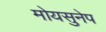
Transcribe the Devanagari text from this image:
मोयसुनेप